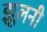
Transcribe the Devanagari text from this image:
झूलनी